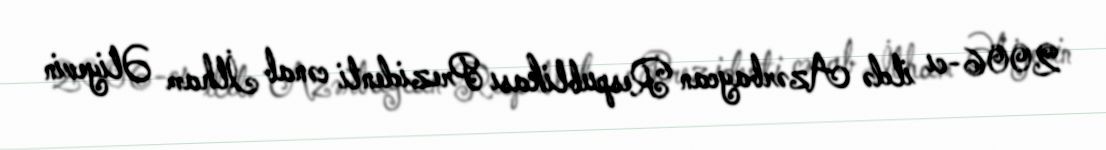
2006-cı ildə Azərbaycan Respublikası Prezidenti cənab İlham Əliyevin